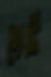
গেটি